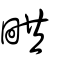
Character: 𤱨